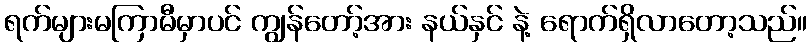
ရက်များမကြာမီမှာပင် ကျွန်တော့်အား နယ်နှင် နဲ့ ရောက်ရှိလာတော့သည်။